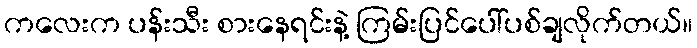
ကလေးက ပန်းသီး စားနေရင်းနဲ့ ကြမ်းပြင်ပေါ်ပစ်ချလိုက်တယ်။